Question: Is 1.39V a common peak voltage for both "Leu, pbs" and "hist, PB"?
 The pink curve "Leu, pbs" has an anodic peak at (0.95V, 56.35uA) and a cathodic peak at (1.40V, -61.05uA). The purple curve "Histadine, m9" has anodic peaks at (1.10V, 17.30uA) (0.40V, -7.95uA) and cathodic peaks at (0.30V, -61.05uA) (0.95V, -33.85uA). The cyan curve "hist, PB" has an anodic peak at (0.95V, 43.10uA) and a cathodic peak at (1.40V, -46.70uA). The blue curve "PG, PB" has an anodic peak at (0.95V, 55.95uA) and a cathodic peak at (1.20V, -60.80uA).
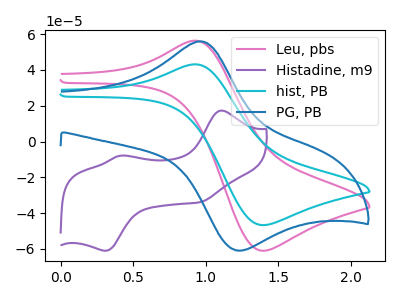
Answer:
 <answer>Yes, "Leu, pbs" and "hist, PB" share a peak at 1.39V.</answer>
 <eval>match</eval>